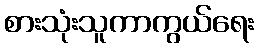
စားသုံးသူကာကွယ်ရေး